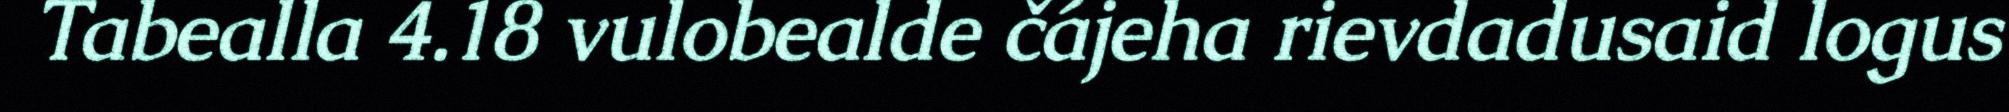
Tabealla 4.18 vulobealde čájeha rievdadusaid logus